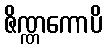
ဇိဏ္ဏကောပိ